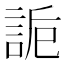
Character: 𧧊